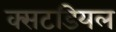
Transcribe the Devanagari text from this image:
क्सटडियल